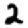
Digit: 2